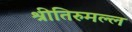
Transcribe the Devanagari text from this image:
श्रीतिरुमल्ल